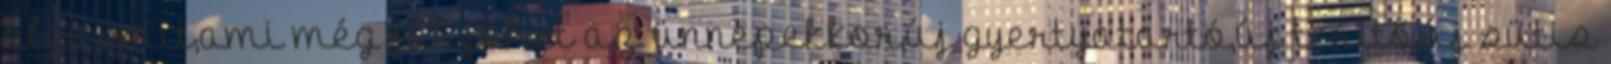
olyasmit,ami még jól jöhet az ünnepekkor,új gyertyatartó,új terítő,új sütis